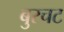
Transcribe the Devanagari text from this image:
बुरचट